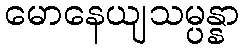
မောနေယျသမ္ပန္နာ